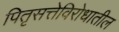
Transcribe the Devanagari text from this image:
पितृसत्तेविरोधातील